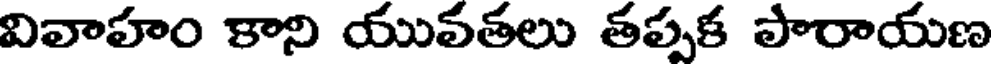
వివాహం కాని యువతలు తప్పక పారాయణ